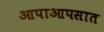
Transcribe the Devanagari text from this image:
आपाआपसात